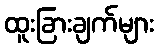
ထူးခြားချက်များ